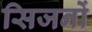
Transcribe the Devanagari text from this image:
सिजनों